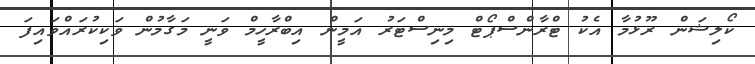
ކޯލިޝަން ރޫޅުމާ އެކު ޓްރާންސްޕޯޓް މިނިސްޓަރު އަމީން އިބްރާހީމް ވަނީ މަގާމުން ވަކިކުރައްވައިފަ